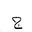
Letter: _gim